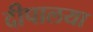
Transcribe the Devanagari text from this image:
दीपालया